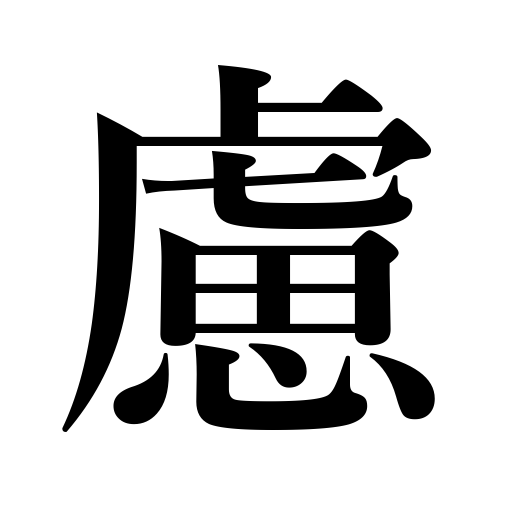
Meanings: thought,agreement,concern